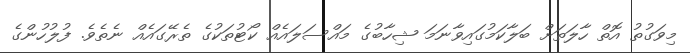
މިވަގުތު އޮތް ހާލަތަށް ބަލާކަމުގައިވާނަމަ ޝިހާބުގެ މައްސަލައެއް ކޯޓުތަކުގެ ތެރޭގައެއް ނެތެވެ. ފުލުހުންގެ